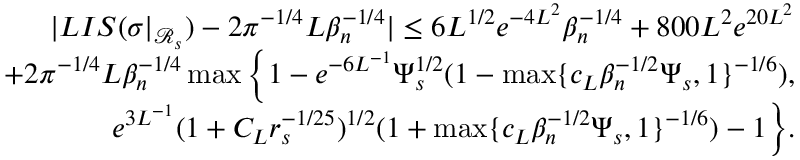
\begin{array} { r l r } & { } & { | L I S ( \sigma | _ { \mathcal { R } _ { s } } ) - 2 \pi ^ { - 1 \slash 4 } L \beta _ { n } ^ { - 1 \slash 4 } | \leq 6 L ^ { 1 \slash 2 } e ^ { - 4 L ^ { 2 } } \beta _ { n } ^ { - 1 \slash 4 } + 8 0 0 L ^ { 2 } e ^ { 2 0 L ^ { 2 } } } \\ & { } & { + 2 \pi ^ { - 1 \slash 4 } L \beta _ { n } ^ { - 1 \slash 4 } \operatorname* { m a x } \Big \{ 1 - e ^ { - 6 L ^ { - 1 } } \Psi _ { s } ^ { 1 \slash 2 } ( 1 - \operatorname* { m a x } \{ c _ { L } \beta _ { n } ^ { - 1 \slash 2 } \Psi _ { s } , 1 \} ^ { - 1 \slash 6 } ) , } \\ & { } & { \quad \quad e ^ { 3 L ^ { - 1 } } ( 1 + C _ { L } r _ { s } ^ { - 1 \slash 2 5 } ) ^ { 1 \slash 2 } ( 1 + \operatorname* { m a x } \{ c _ { L } \beta _ { n } ^ { - 1 \slash 2 } \Psi _ { s } , 1 \} ^ { - 1 \slash 6 } ) - 1 \Big \} . } \end{array}